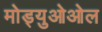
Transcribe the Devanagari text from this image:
मोड्युओओल